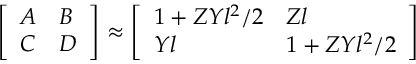
\begin{array} { r } { \left[ \begin{array} { l l } { A } & { B } \\ { C } & { D } \end{array} \right] \approx \left[ \begin{array} { l l } { 1 + Z Y l ^ { 2 } / 2 } & { Z l } \\ { Y l } & { 1 + Z Y l ^ { 2 } / 2 } \end{array} \right] } \end{array}